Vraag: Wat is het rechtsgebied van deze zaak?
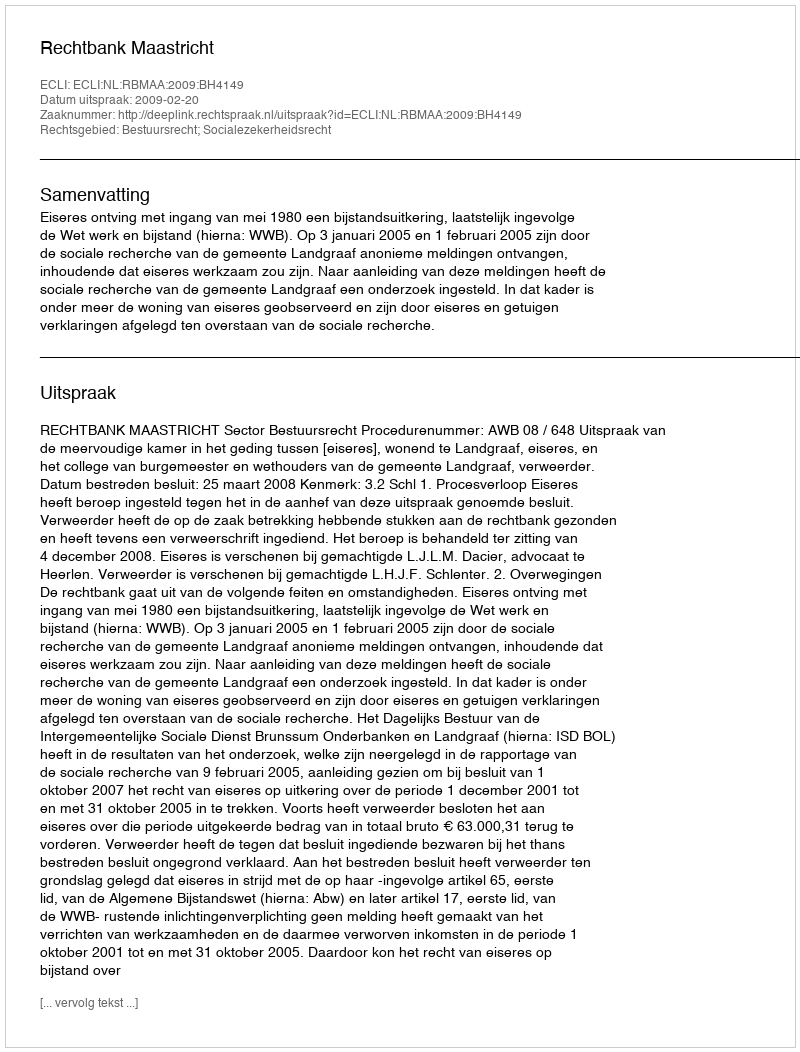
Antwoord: Bestuursrecht; Socialezekerheidsrecht